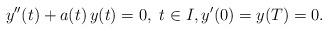
LaTeX: \begin{align*}y^{\prime\prime}(t)+a(t)\,y(t)=0,\ t\in I,y^\prime(0)=y(T)=0.\end{align*}